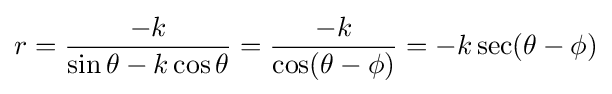
r={\frac {-k}{\sin \theta -k\cos \theta }}={\frac {-k}{\cos(\theta -\phi )}}=-k\sec(\theta -\phi )